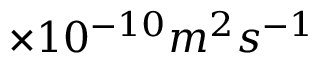
\times 1 0 ^ { - 1 0 } m ^ { 2 } s ^ { - 1 }